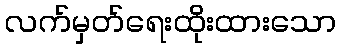
လက်မှတ်ရေးထိုးထားသော